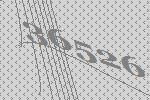
36526